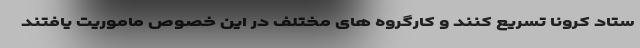
ستاد کرونا تسریع کنند و کارگروه های مختلف در این خصوص ماموریت یافتند